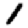
Digit: 1